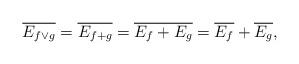
LaTeX: \begin{align*}\overline{E_{f\lor g}} = \overline{E_{f+g}} = \overline{E_f + E_g} = \overline{E_f} + \overline{E_g},\end{align*}